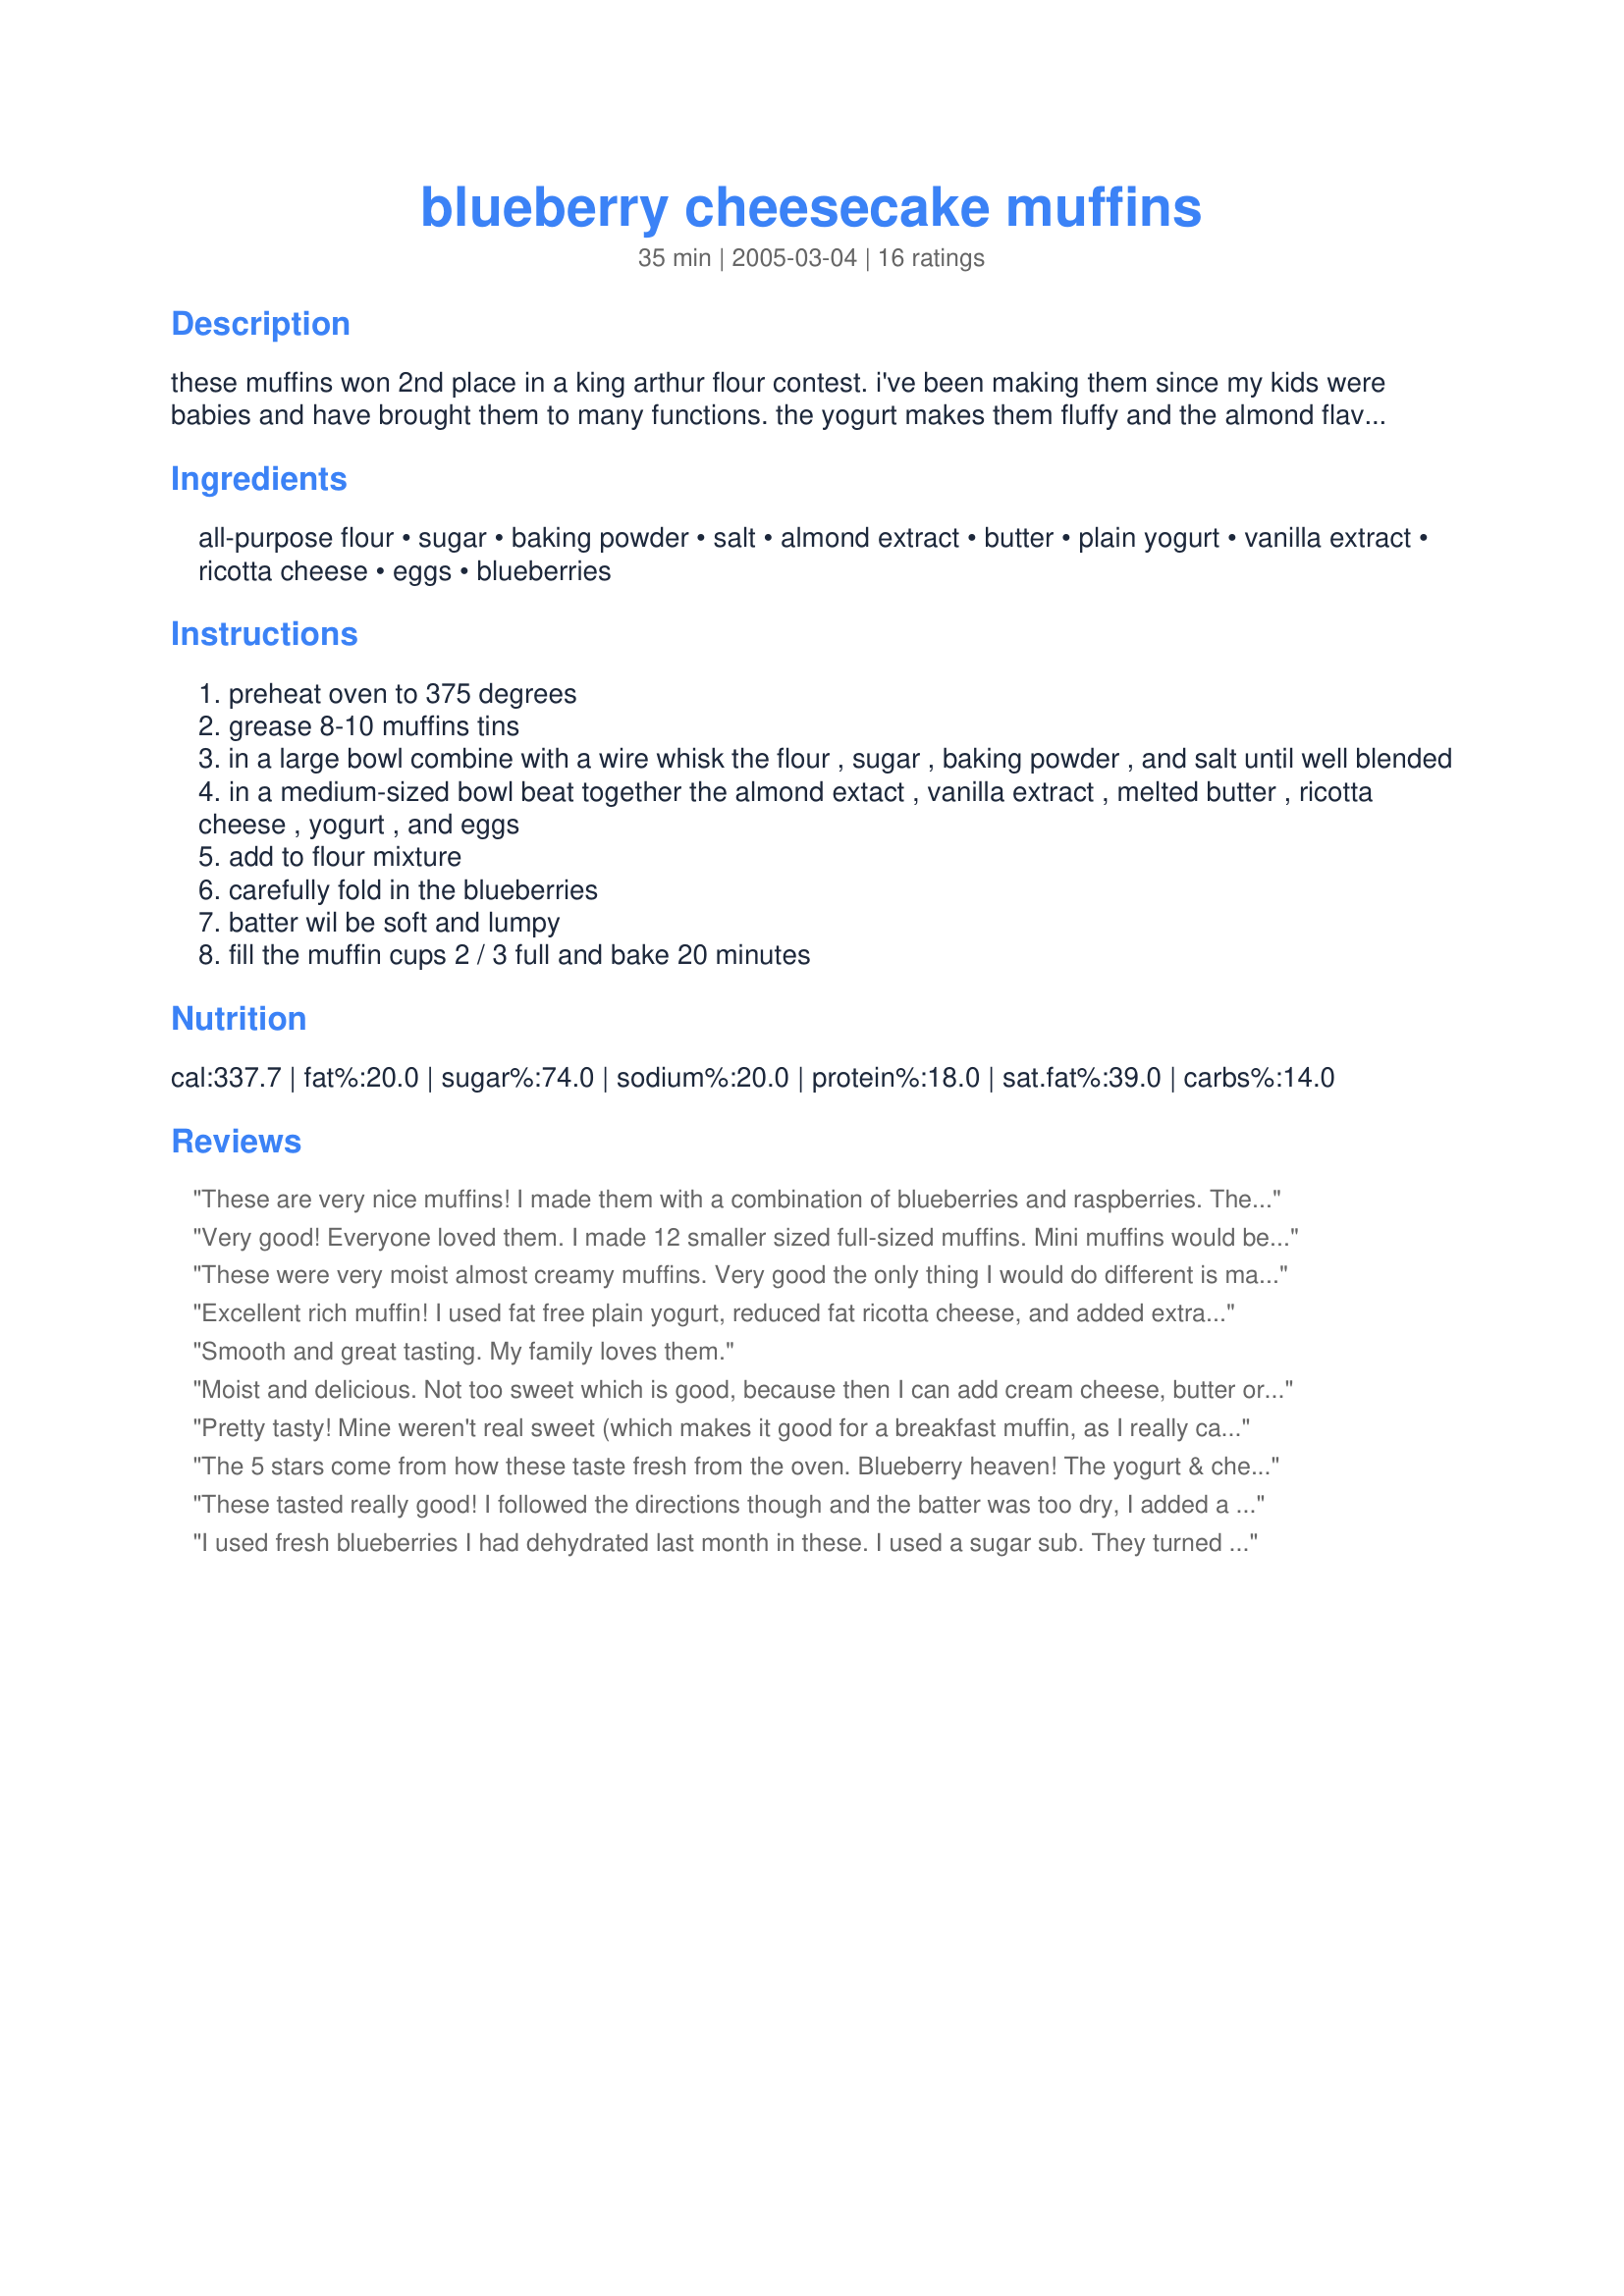
blueberry cheesecake muffins
Preparation time: 35 minutes

these muffins won 2nd place in a king arthur flour contest. i've been making them since my kids were babies and have brought them to many functions. the yogurt makes them fluffy and the almond flavoring gives them a special bakery flavor. you can substitute pureed cottage cheese for the ricotta.

Ingredients:
all-purpose flour, sugar, baking powder, salt, almond extract, butter, plain yogurt, vanilla extract, ricotta cheese, eggs, blueberries

Steps:
preheat oven to 375 degrees
grease 8-10 muffins tins
in a large bowl combine with a wire whisk the flour , sugar , baking powder , and salt until well blended
in a medium-sized bowl beat together the almond extact , vanilla extract , melted butter , ricotta cheese , yogurt , and eggs
add to flour mixture
carefully fold in the blueberries
batter wil be soft and lumpy
fill the muffin cups 2 / 3 full and bake 20 minutes

Reviews:
These are very nice muffins! I made them with a combination of blueberries and raspberries. The ricotta gives them an interesting texture and flavor. Thanks for posting!
Very good! Everyone loved them. I made 12 smaller sized full-sized muffins. Mini muffins would be delicious, too. Used pur?ed cottage cheese and sour cream instead of plain yogurt. Sprinkled the tops with natural sugar. Thanks for sharing the recipe, Amy!
These were very moist almost creamy muffins. Very good the only thing I would do different is maybe sprinkle a little sugar on top like it looks like in the photo. Thanks for a yummy muffin recipe
Excellent rich muffin! I used fat free plain yogurt, reduced fat ricotta cheese, and added extra vanilla extract. They weren't very sweet (not a bad thing) so they tasted great with honey or jam. Next time I will use frozen wild blueberries because they are smaller and hold better in muffins. These were a nice change from the healthy, wholesome muffins I am used to baking! Thanks Roxygirl!
Smooth and great tasting. My family loves them.
Moist and delicious. Not too sweet which is good, because then I can add cream cheese, butter or p-nut butter without it being too much. I made 6 jumbo Texas sized muffins, needed about 7 more minutes of cooking time. Excellent grab and go breakfast.
Pretty tasty! Mine weren't real sweet (which makes it good for a breakfast muffin, as I really can't do a lot of sugar first thing in the morning), and the texture isn't really like either a muffin or a cupcake - still breadlike, but not as dense/packy as your usual muffin. I also tossed in some wheat germ for a little added fiber. I'm adding these to the tried and true file!
The 5 stars come from how these taste fresh from the oven. Blueberry heaven! The yogurt & cheese give a rounded-out flavor that is more substantial than the cake-y milk-only muffins. I made a double batch, and half of the yogurt I used was sweetened, plus I used 1 straight cup of sugar, so they came out pleasingly, but not overly, sweet. I like the fact that they don't brown too much, except that I wasn't sure they were done until I touched them. After cooling, they can seem a bit spongey, so I'll go for the smaller batch next time, so that we all just inhale them while they're warm. Yum.
These tasted really good! I followed the directions though and the batter was too dry, I added a little more yogurt and a few splashes of milk. The end result was tasty, not too sweet and really good hot out of the oven! The directions are missing a few steps. (the yogurt for instance) but easy to follow if you're paying attention.
I used fresh blueberries I had dehydrated last month in these. I used a sugar sub. They turned out great. The yogurt and the cheese gave them a great flavor. They were very moist. I will be making these again. Thanks for sharing.
These are light and moist with a very nice flavor. I like my muffins a little sweeter, but we still very much enjoyed these. I got 12 regular-sized muffins (20 minutes was perfect to bake them) and sprinkled a tablespoon of sugar over the tops before popping them in the oven.
I really loved these muffins. I didn't use the vanilla extract and used whole wheat flour instead of all purpose. I also halved the sugar. Very tasty!
Congrats! Your Recipe was featured as our "Recipe of the Day" on our homepage! (7/11/11)
Thank you for sharing this recipe. My little boys devored the mini muffins I made. I liked the addition of almond in this recipe and may have to try that in other muffin recipes in the future.
I absolutely loved these muffins of love! Loved the texture using the cheese, and the flavors of the fruit and sugar were perfect for the not so sweet blueberries I got the other day. I will have these often now that I have the recipe!
These are really good! I used wild blueberries and I think this is the perfect recipe for them. The muffins are so pretty, creamy and moist!!! I made them in a jumbo muffin pan and had to increase the time only slightly. I also added sugar to the tops of them. I had future plans for them as lunch box snacks.... but this plan was foiled after a few hours :)
